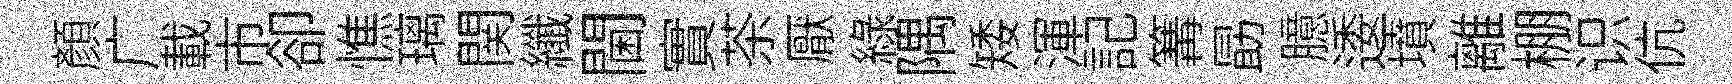
顔广載市卻憔璃関纖閫實茶厭緑隅矮渾記篝勗臆逶墳離棚识伉